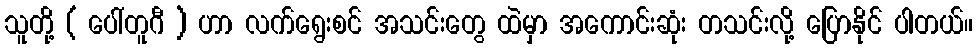
သူတို့ ( ပေါ်တူဂီ ) ဟာ လက်ရွေးစင် အသင်းတွေ ထဲမှာ အကောင်းဆုံး တသင်းလို့ ပြောနိုင် ပါတယ်။